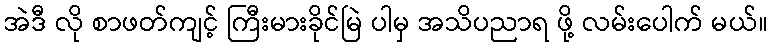
အဲဒီ လို စာဖတ်ကျင့် ကြီးမားခိုင်မြဲ ပါမှ အသိပညာရ ဖို့ လမ်းပေါက် မယ်။